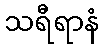
သရီရာနံ